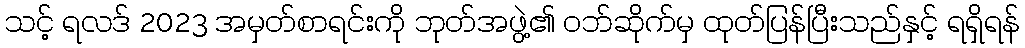
သင့် ရလဒ် 2023 အမှတ်စာရင်းကို ဘုတ်အဖွဲ့၏ ဝဘ်ဆိုက်မှ ထုတ်ပြန်ပြီးသည်နှင့် ရရှိရန်